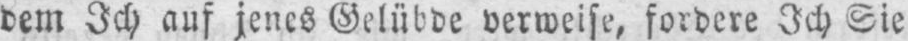
dem Ich auf jenes Gelübde verweise, fordere Ich Sie